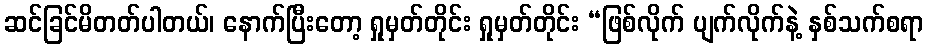
ဆင်ခြင်မိတတ်ပါတယ်၊ နောက်ပြီးတော့ ရှုမှတ်တိုင်း ရှုမှတ်တိုင်း “ဖြစ်လိုက် ပျက်လိုက်နဲ့ နှစ်သက်စရာ